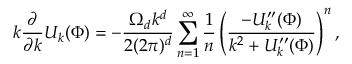
k \frac { \partial } { \partial k } U _ { k } ( \Phi ) = - \frac { \Omega _ { d } k ^ { d } } { 2 ( 2 \pi ) ^ { d } } \sum _ { n = 1 } ^ { \infty } \frac { 1 } { n } \left( \frac { - U _ { k } ^ { \prime \prime } ( \Phi ) } { k ^ { 2 } + U _ { k } ^ { \prime \prime } ( \Phi ) } \right) ^ { n } ,